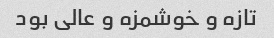
تازه و خوشمزه و عالی بود